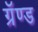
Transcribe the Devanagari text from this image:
ग्रॅण्ड